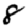
Digit: 8